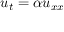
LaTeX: \displaystyle u _ { t } = \alpha u _ { x x }